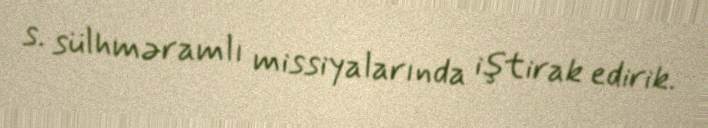
s. sülhməramlı missiyalarında iştirak edirik.